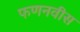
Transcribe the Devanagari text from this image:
फणनवीस